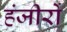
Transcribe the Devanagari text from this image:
हंजीरों